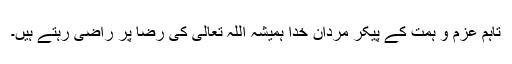
تاہم عزم و ہمت کے پیکر مردانِ خدا ہمیشہ اللہ تعالیٰ کی رضا پر راضی رہتے ہیں۔